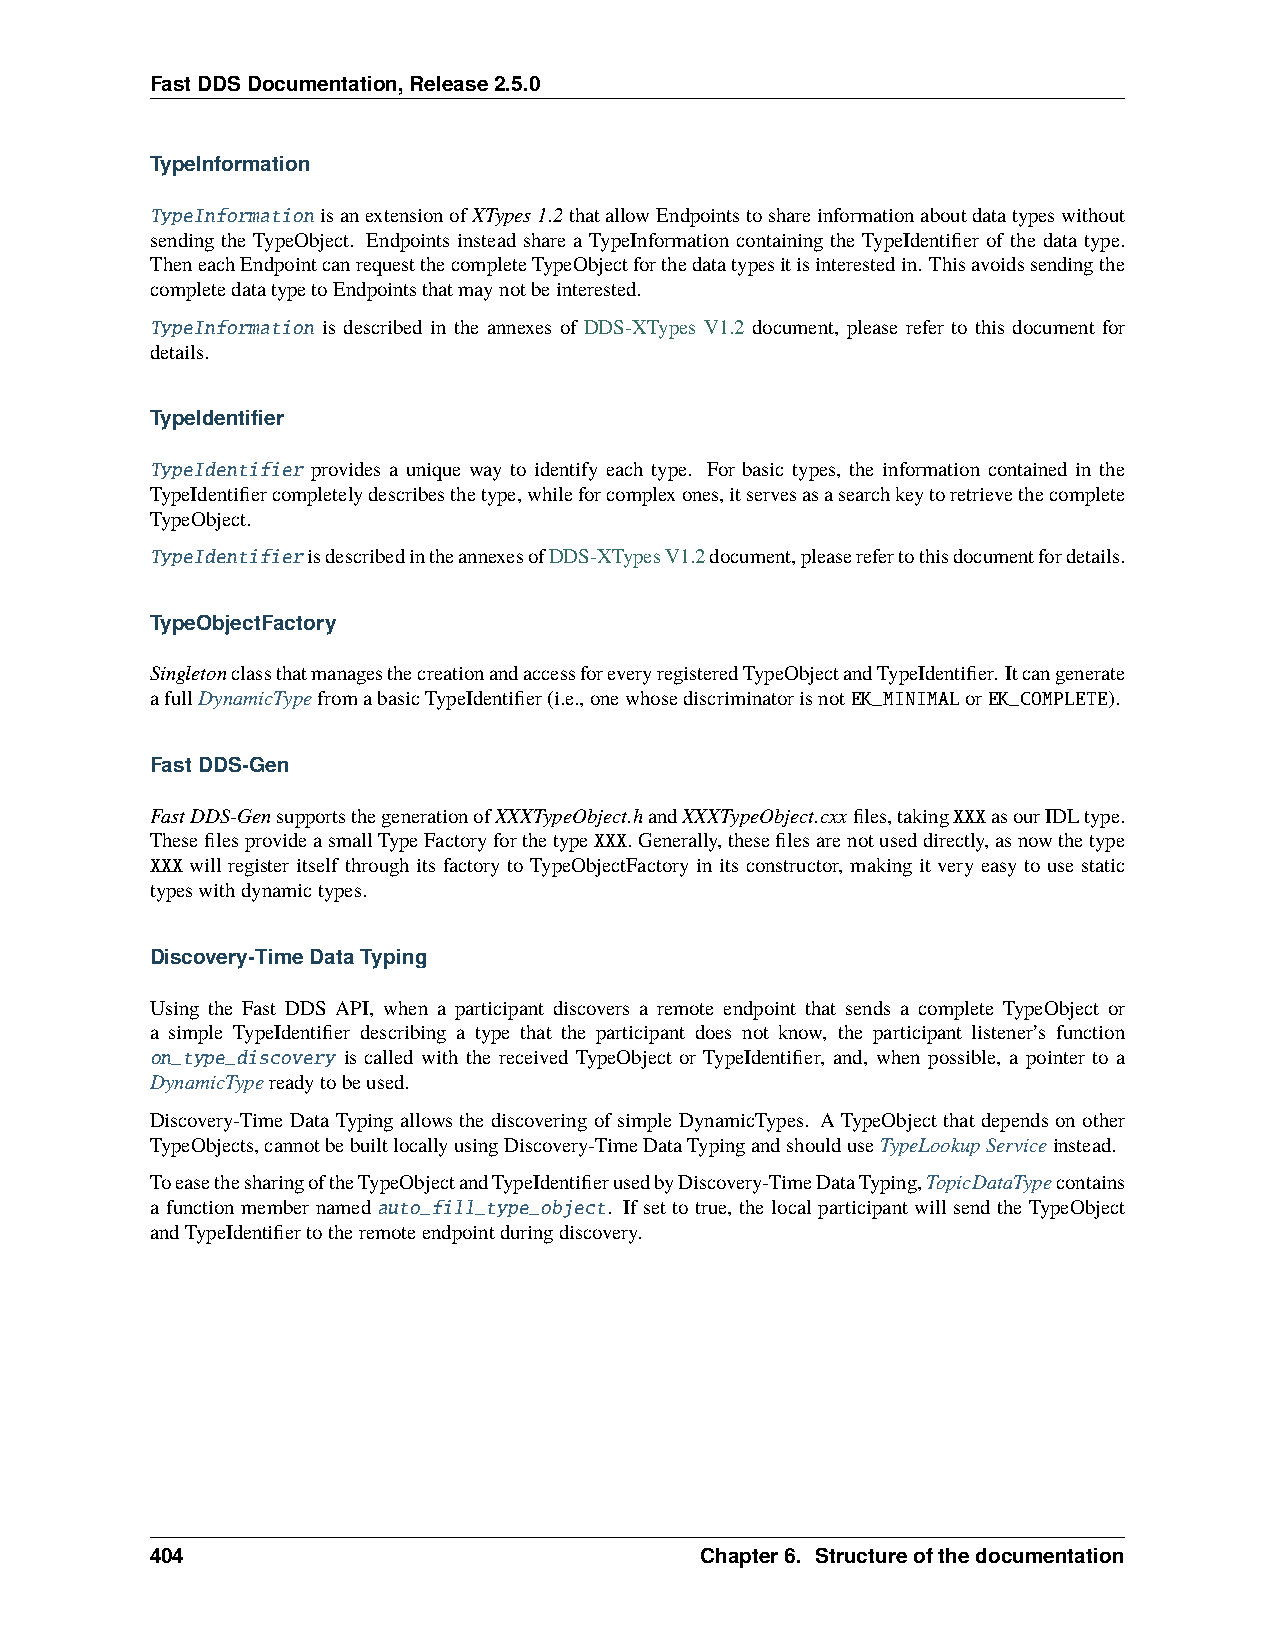
FastDDSDocumentation,Release2.5.0
 TypeInformation
 TypeInformation isanextensionofXTypes1.2thatallowEndpointstoshareinformationaboutdatatypeswithout
 sending the TypeObject. Endpoints instead share a TypeInformation containing the TypeIdentifier of the data type.
 TheneachEndpointcanrequestthecompleteTypeObjectforthedatatypesitisinterestedin. Thisavoidssendingthe
 completedatatypetoEndpointsthatmaynotbeinterested.
 TypeInformation is described in the annexes of DDS-XTypes V1.2 document, please refer to this document for
 details.
 TypeIdentifier
 TypeIdentifier provides a unique way to identify each type. For basic types, the information contained in the
 TypeIdentifiercompletelydescribesthetype,whileforcomplexones,itservesasasearchkeytoretrievethecomplete
 TypeObject.
 TypeIdentifierisdescribedintheannexesofDDS-XTypesV1.2document,pleaserefertothisdocumentfordetails.
 TypeObjectFactory
 SingletonclassthatmanagesthecreationandaccessforeveryregisteredTypeObjectandTypeIdentifier. Itcangenerate
 afullDynamicTypefromabasicTypeIdentifier(i.e.,onewhosediscriminatorisnotEK_MINIMALorEK_COMPLETE).
 FastDDS-Gen
 FastDDS-GensupportsthegenerationofXXXTypeObject.handXXXTypeObject.cxxfiles,takingXXXasourIDLtype.
 ThesefilesprovideasmallTypeFactoryforthetypeXXX.Generally,thesefilesarenotuseddirectly,asnowthetype
 XXX will register itself through its factory to TypeObjectFactory in its constructor, making it very easy to use static
 typeswithdynamictypes.
 Discovery-TimeDataTyping
 Using the Fast DDS API, when a participant discovers a remote endpoint that sends a complete TypeObject or
 a simple TypeIdentifier describing a type that the participant does not know, the participant listener’s function
 on_type_discovery is called with the received TypeObject or TypeIdentifier, and, when possible, a pointer to a
 DynamicTypereadytobeused.
 Discovery-Time Data Typing allows the discovering of simple DynamicTypes. A TypeObject that depends on other
 TypeObjects,cannotbebuiltlocallyusingDiscovery-TimeDataTypingandshoulduseTypeLookupServiceinstead.
 ToeasethesharingoftheTypeObjectandTypeIdentifierusedbyDiscovery-TimeDataTyping,TopicDataTypecontains
 a function member named auto_fill_type_object. If set to true, the local participant will send the TypeObject
 andTypeIdentifiertotheremoteendpointduringdiscovery.
 404                                 Chapter6. Structureofthedocumentation